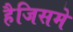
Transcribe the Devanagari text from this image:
हैजिसमे